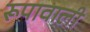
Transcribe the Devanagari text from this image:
रूपावाली